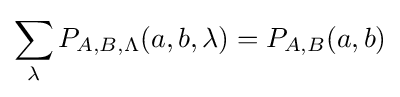
\sum _{\lambda }P_{A,B,\Lambda }(a,b,\lambda )=P_{A,B}(a,b)